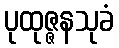
ပုထုဇ္ဇနသုခံ